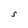
Character: S